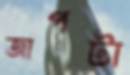
জাপটা